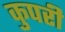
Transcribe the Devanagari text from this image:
कुपरी